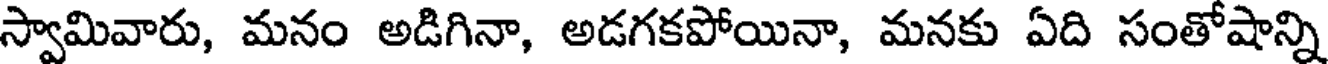
స్వామివారు, మనం అడిగినా, అడగకపోయినా, మనకు ఏది సంతోషాన్ని